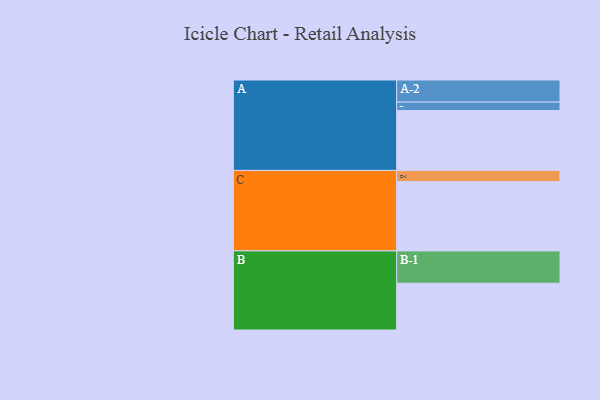
{"axis": {"x": "Segment", "y": "Value"}, "legend": ["", "A", "B", "C"], "data": [{"x": "A", "y": 487, "type": ""}, {"x": "B", "y": 381, "type": ""}, {"x": "C", "y": 564, "type": ""}, {"x": "A-1", "y": 69, "type": "A"}, {"x": "A-2", "y": 180, "type": "A"}, {"x": "B-1", "y": 263, "type": "B"}, {"x": "C-1", "y": 91, "type": "C"}]}